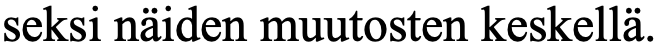
seksi näiden muutosten keskellä.